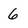
Character: 6